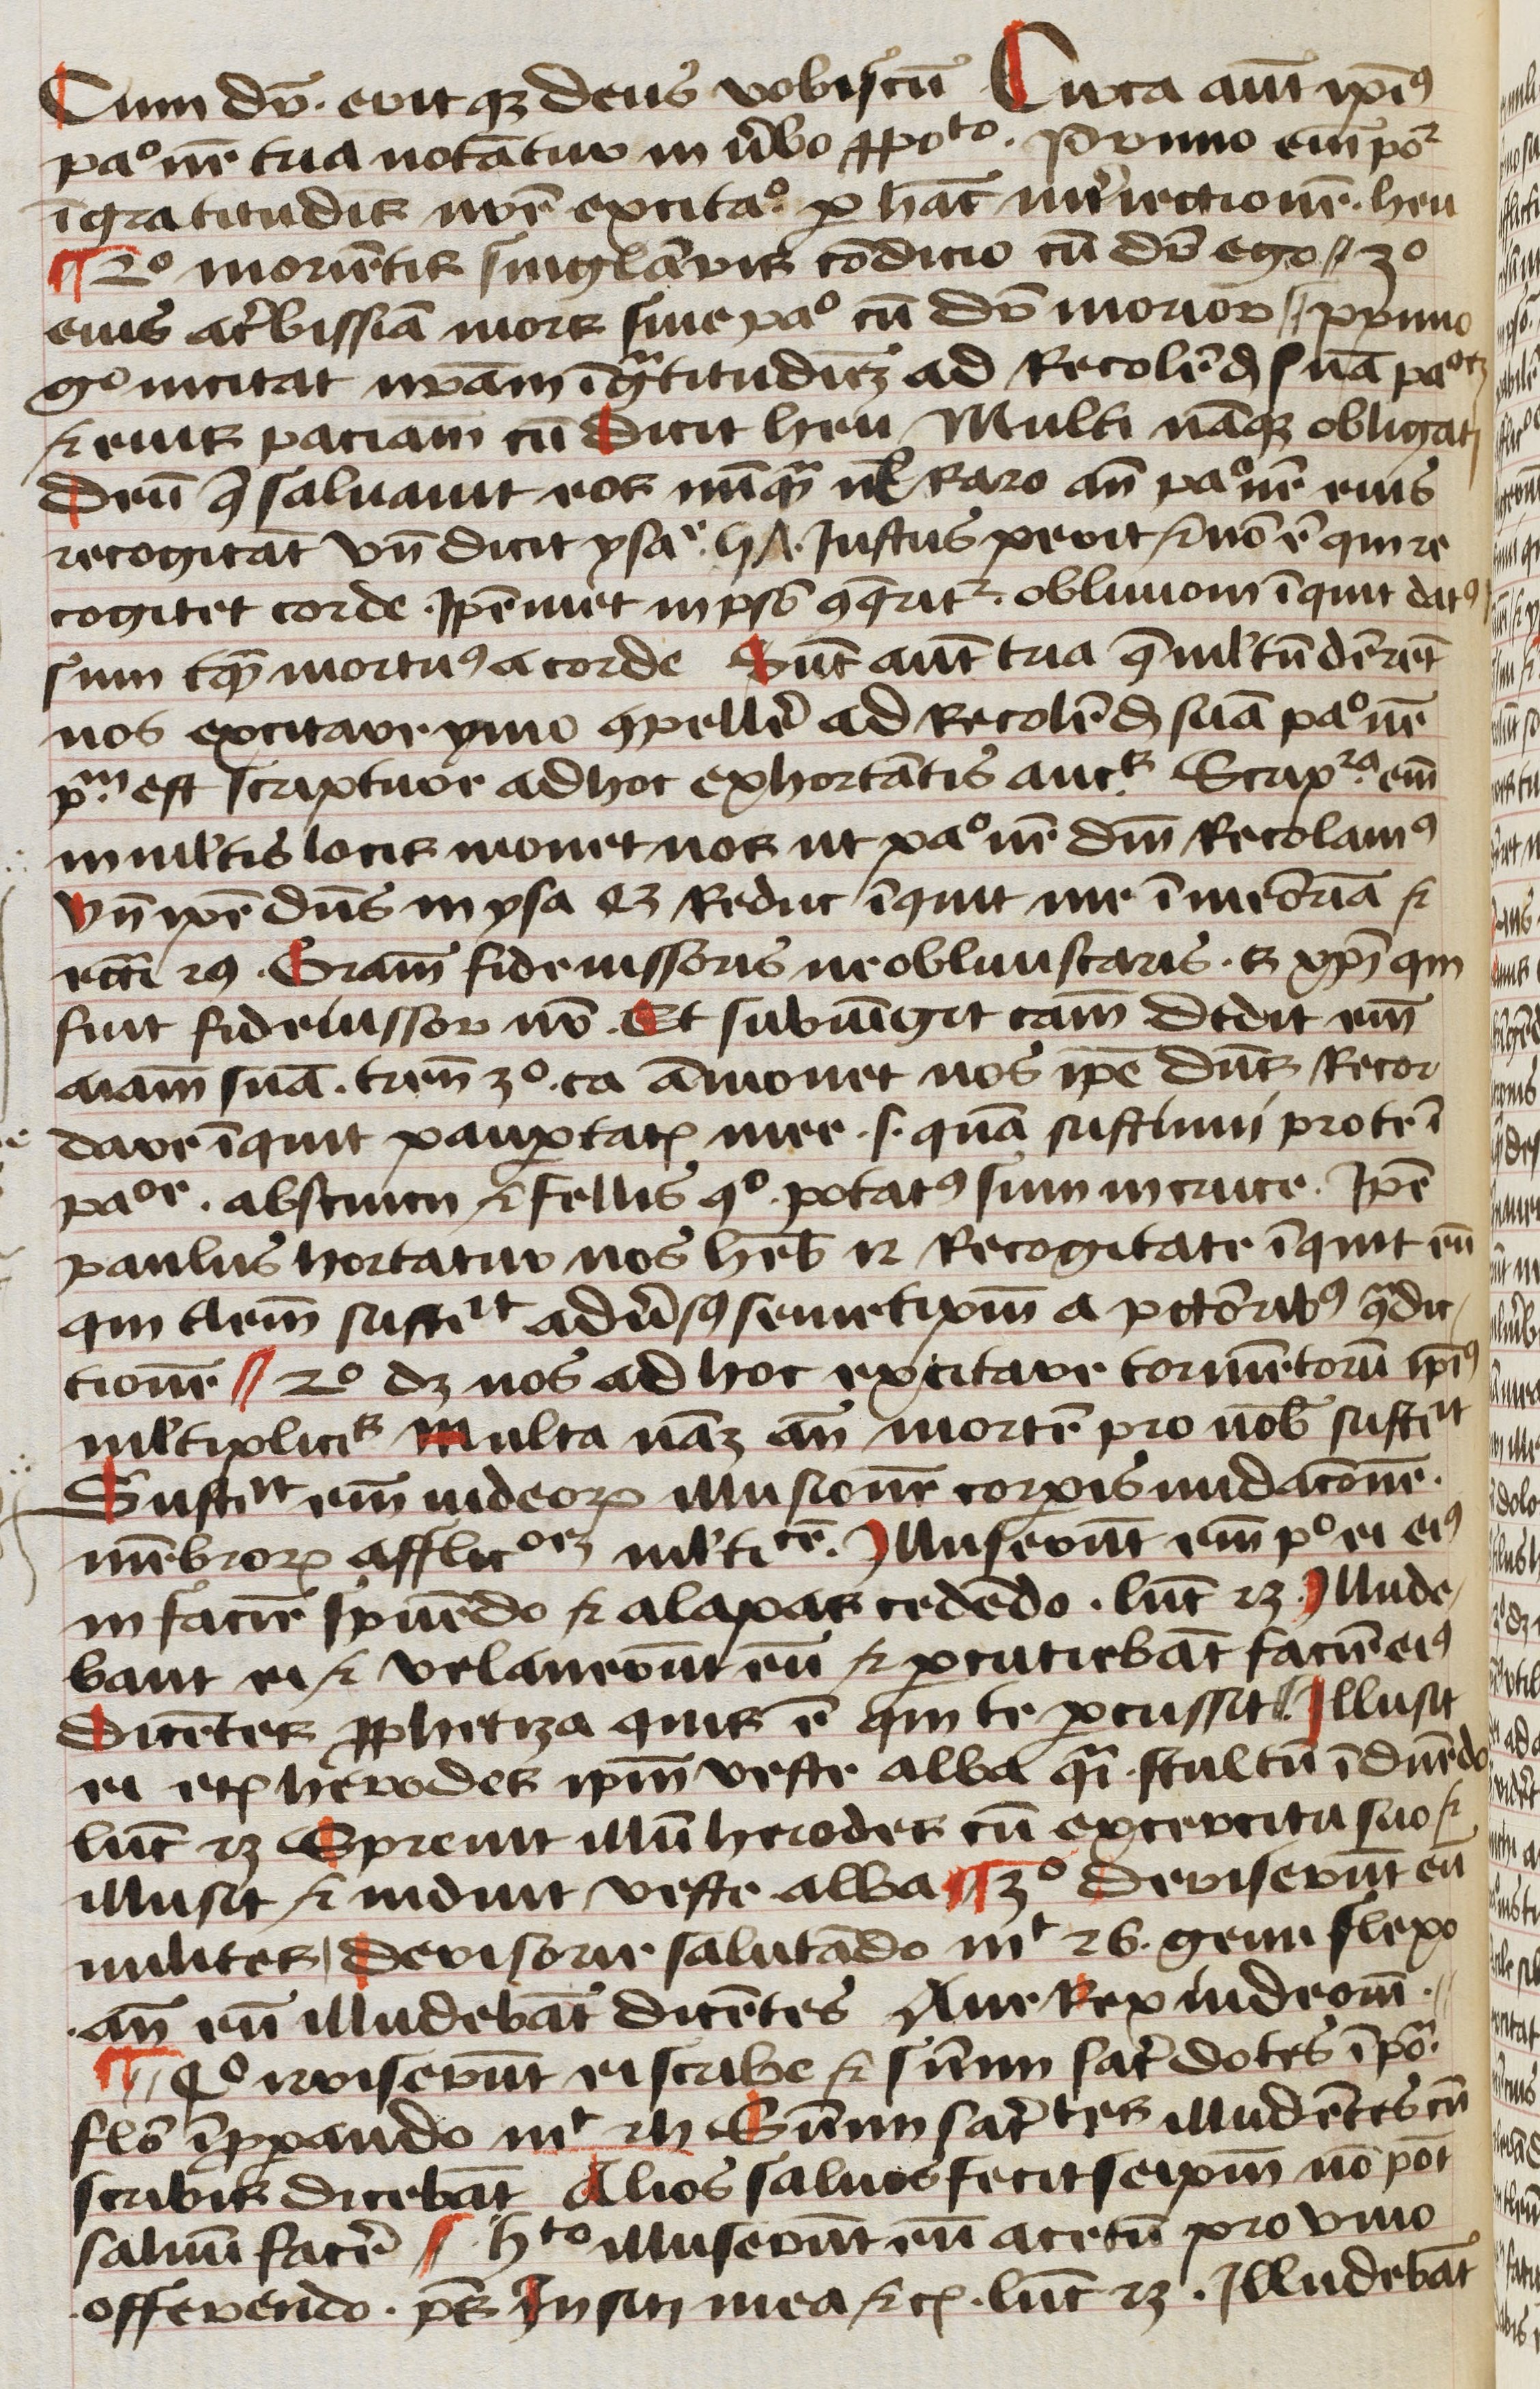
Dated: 1450–1499